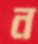
ন